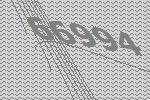
66994